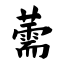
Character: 薷